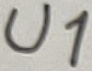
Text: U1